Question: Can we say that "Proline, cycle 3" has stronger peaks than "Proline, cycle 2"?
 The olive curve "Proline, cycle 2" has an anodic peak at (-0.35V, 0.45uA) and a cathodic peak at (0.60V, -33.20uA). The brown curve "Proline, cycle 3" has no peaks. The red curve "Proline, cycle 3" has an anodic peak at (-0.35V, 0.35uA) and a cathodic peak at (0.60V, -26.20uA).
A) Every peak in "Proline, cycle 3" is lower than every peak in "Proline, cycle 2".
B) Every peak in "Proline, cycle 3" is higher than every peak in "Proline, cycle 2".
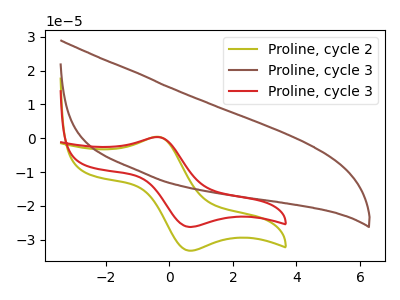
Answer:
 <answer>A) Every peak in "Proline, cycle 3" is lower than every peak in "Proline, cycle 2".</answer>
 <eval>A</eval>